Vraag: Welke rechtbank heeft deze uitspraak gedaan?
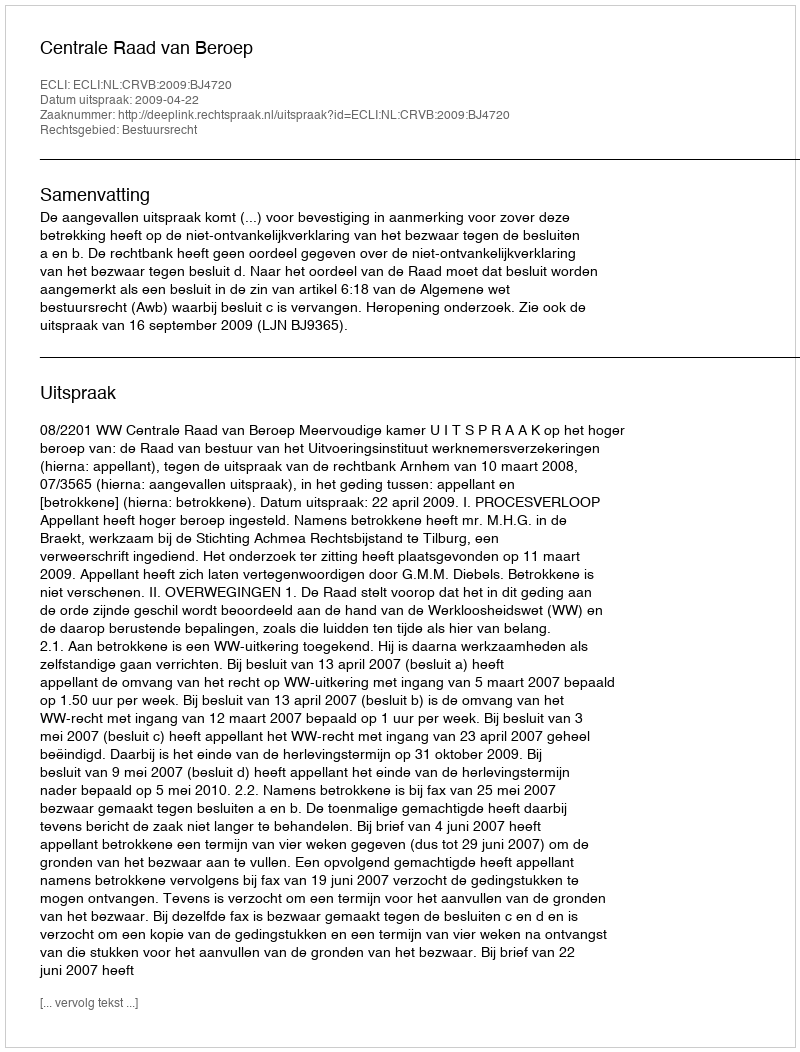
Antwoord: Centrale Raad van Beroep